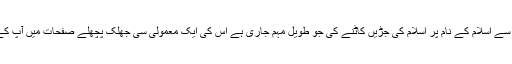
اس مذہب کی طرف سے اسلام کے نام پر اسلام کی جڑیں کاٹنے کی جو طویل مہم جاری ہے اس کی ایک معمولی سی جھلک پچھلے صفحات میں آپ کے سامنے آچکی ہے۔